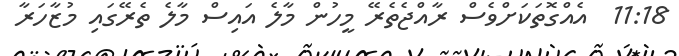
11:18  އެއްގޮތަކަށްވެސް ރާއްޖެތެރޭ މީހުން މާލެ އައިސް މާލެ ތެރޭގައި މުޒާހަރާ